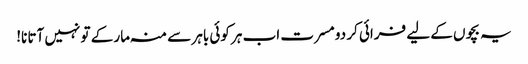
یہ بچوں کے لیے فرائی کر دو مسرت اب ہر کوئی باہر سے منہ مار کے تو نہیں آتا نا!